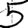
Digit: 5